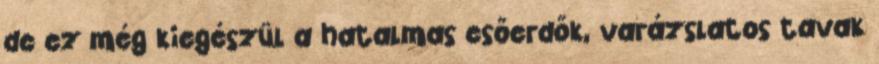
de ez még kiegészül a hatalmas esőerdők, varázslatos tavak